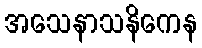
အသေနာသနိကေန